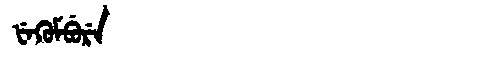
Manchu: ᡶᡝᡴᡠᠮᠪᡠᡵᡝ
Romanization: FEKUMBURE